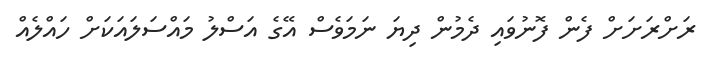
ރަށްރަށަށް ފެން ފޮނުވައި ދެމުން ދިޔަ ނަމަވެސް އޭގެ އަސްލު މައްސަލައަކަށް ހައްލެއް